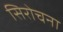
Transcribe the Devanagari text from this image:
सिरोचना